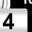
Digit: 4